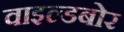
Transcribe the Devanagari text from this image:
वाइल्डबोर